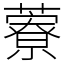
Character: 藔